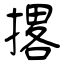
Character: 撂